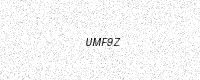
Text: UMF9Z